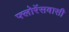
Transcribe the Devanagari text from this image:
फ्लोरेंसवासी